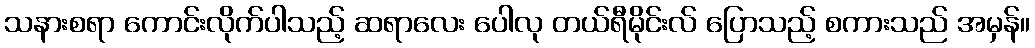
သနားစရာ ကောင်းလိုက်ပါသည့် ဆရာလေး ပေါလု တယ်ရီမိုင်းလ် ပြောသည့် စကားသည် အမှန်။